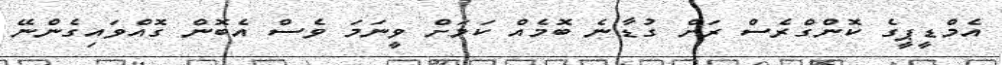
އެމްޑީޕީގެ ކޮންގްރެސް ރަށް ގުޑާނެ ބޮމެއް ކަމަށް ވީނަމަ ވެސް އެބޮން ގޮއްވައިގެންނޭ